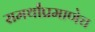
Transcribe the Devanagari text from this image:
समर्थांप्रमाणेच